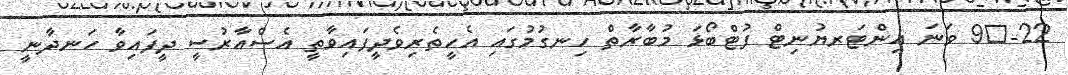
22-	9 ވަނަ އިންޓަރޔުނިޓް ފުޓްބޯޅަ މުބާރާތް ހިނގުމުގައި އެހީތެރިވެދީފައިވާތީ އެސްއާރުސީ ދީފައިވާ ހަނދާނީ